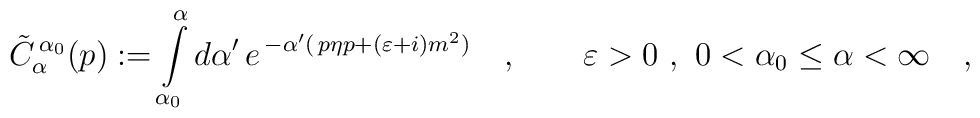
\tilde C_{\alpha}^{\,\alpha_{0}}(p):=\int\limits_{\alpha_{0}}^{\alpha}d\alpha'\,e^{\,-\alpha'(\,p\eta p+(\varepsilon+i)m^{2})}\quad,\qquad\varepsilon>0\ ,\ 0<\alpha_{0}\leq\alpha<\infty\quad,